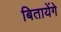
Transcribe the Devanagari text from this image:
बितायेंगे